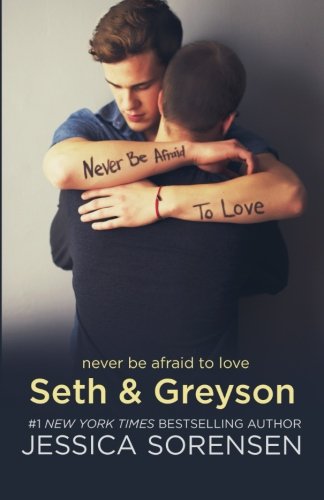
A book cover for Seth & Greyson (The Coincidence Series Book 8); Jessica Sorensen; Science Fiction & Fantasy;